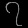
Digit: ၇